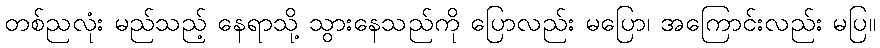
တစ်ညလုံး မည်သည့် နေရာသို့ သွားနေသည်ကို ပြောလည်း မပြော၊ အကြောင်းလည်း မပြ။